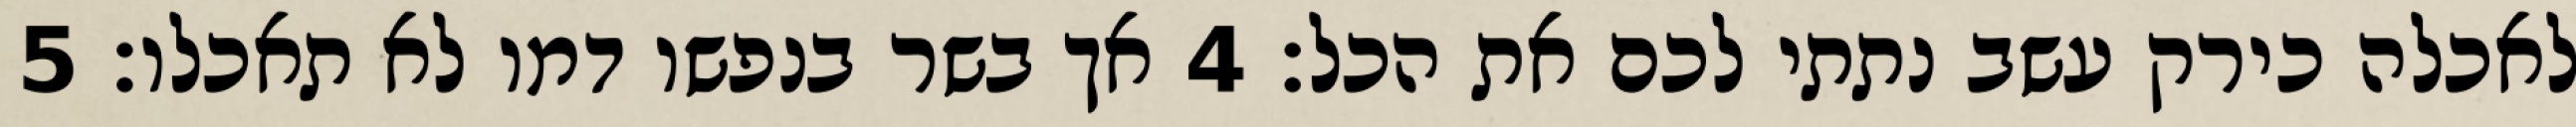
לאכלה כירק עשב נתתי לכם את הכל׃ ‎4‏ אך בשר בנפשו דמו לא תאכלו׃ ‎5‏